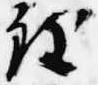
致